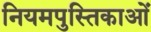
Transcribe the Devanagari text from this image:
नियमपुस्तिकाओं